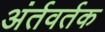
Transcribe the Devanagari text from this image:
अंर्तवर्तक